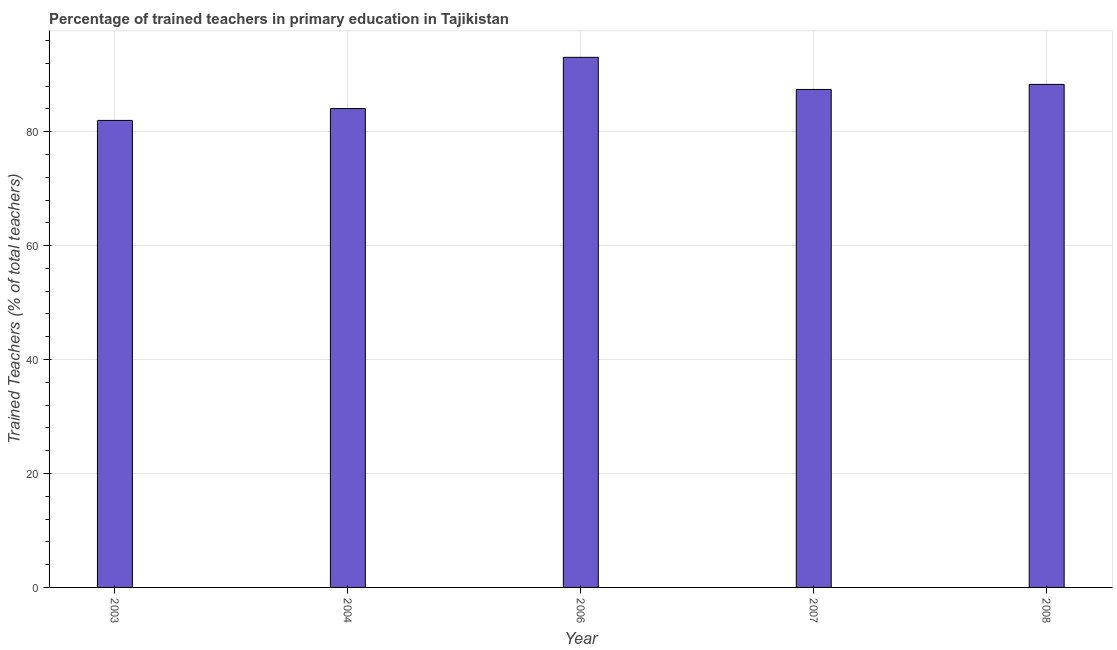
| Year | Trained teacher |
 | --- | --- |
 | 2003 | 82 |
 | 2004 | 84.1 |
 | 2006 | 93 |
 | 2007 | 87.4 |
 | 2008 | 88.3 |